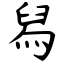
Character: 舄